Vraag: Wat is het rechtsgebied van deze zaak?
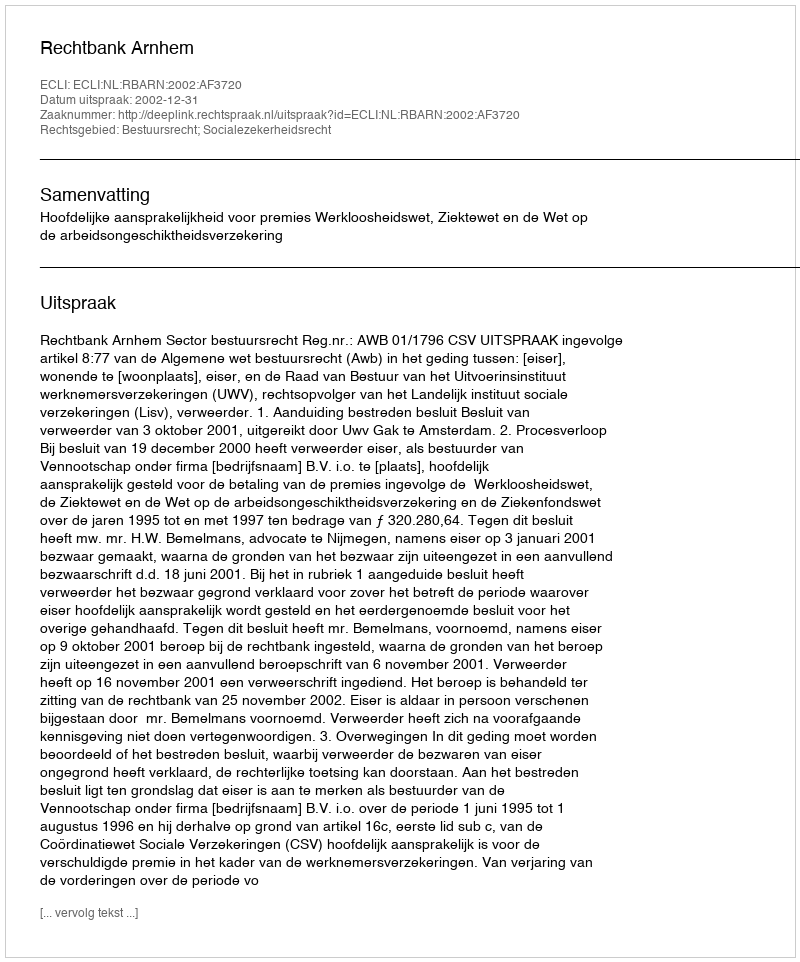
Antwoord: Bestuursrecht; Socialezekerheidsrecht